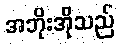
အဘိုးအိုသည်